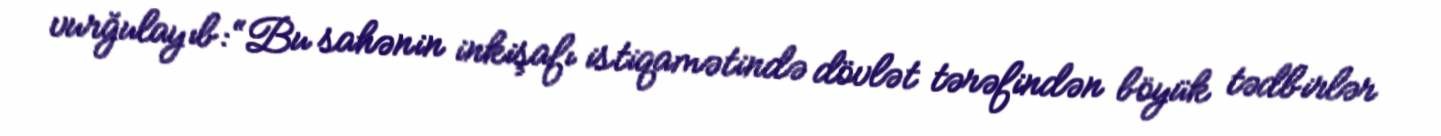
vurğulayıb: “Bu sahənin inkişafı istiqamətində dövlət tərəfindən böyük tədbirlər